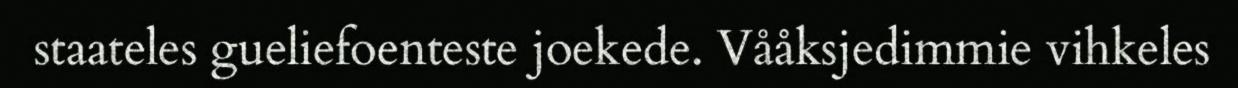
staateles gueliefoenteste joekede. Vååksjedimmie vihkeles